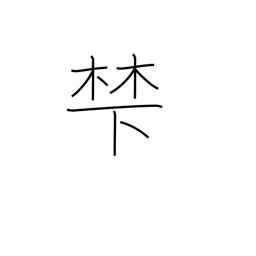
Meaning: base of a mountain